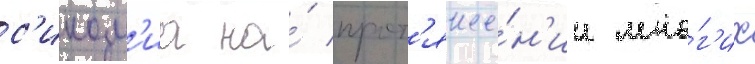
с'ином'иа на́ прот'яже́н'ии мно́г'их